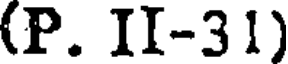
(P. II-31)